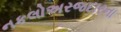
નકલોઅરજદારના